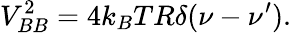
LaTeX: V_{BB}^{2}=4k_{B}TR\delta(\nu-\nu^{\prime}).